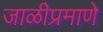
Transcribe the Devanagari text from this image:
जाळीप्रमाणे